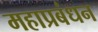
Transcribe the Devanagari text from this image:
महाप्रबंधन